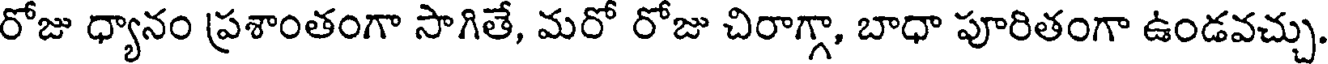
రోజు ధ్యానం ప్రశాంతంగా సాగితే, మరో రోజు చిరాగ్గా, బాధా పూరితంగా ఉండవచ్చు.